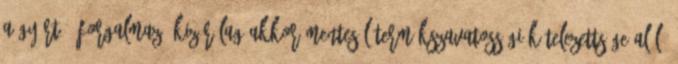
A gyártó, forgalmazó kizárólag akkor mentesül termékszavatossági kötelezettsége alól,